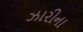
ઝારીના